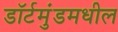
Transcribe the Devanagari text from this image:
डॉर्टमुंडमधील